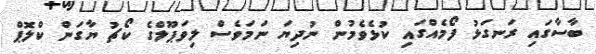
ބާސާގައި ރަނގަޅު ފޯމެއްގައި ކުޅެވެމުން ނުދިޔަ ނަމަވެސް ލިވަޕޫލްގެ ކޯޗު ޔާގަން ކްލޮޕް